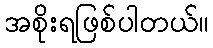
အစိုးရဖြစ်ပါတယ်။